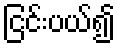
ငြင်းပယ်၍